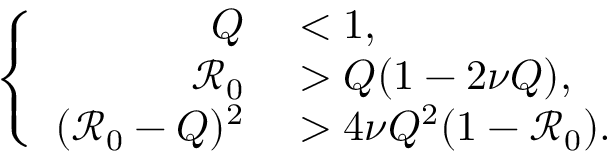
\left\{ \begin{array} { r l } { Q } & { { } < 1 , } \\ { \mathcal { R } _ { 0 } } & { { } > Q ( 1 - 2 \nu Q ) , } \\ { ( \mathcal { R } _ { 0 } - Q ) ^ { 2 } } & { { } > 4 \nu Q ^ { 2 } ( 1 - \mathcal { R } _ { 0 } ) . } \end{array} \right.